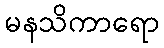
မနသိကာရော